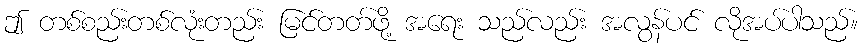
ဤ တစ်စည်းတစ်လုံးတည်း မြင်တတ်ဖို့ အရေး သည်လည်း အလွန်ပင် လိုအပ်ပါသည်။